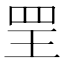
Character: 𦊄